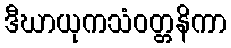
ဒီဃာယုကသံဝတ္တနိကာ